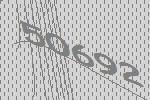
50692